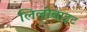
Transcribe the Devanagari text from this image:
लिलीवाइट